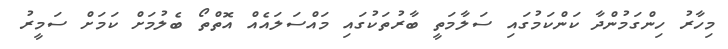
މިހާރު ހިންގަމުންދާ ކަންކަމުގައި ސަލާމަތީ ބާރުތަކުގައި މައްސަލައެއް އޮތްތޯ ބެލުމަށް ކަމަށް ސަމީރު